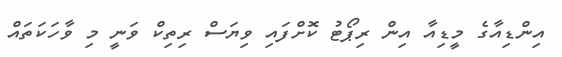
އިންޑިއާގެ މީޑިއާ އިން ރިޕޯޓު ކޮށްފައި ވިޔަސް ރިތިކް ވަނީ މި ވާހަކަތައް